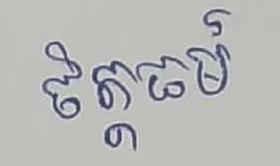
ចិត្តធម៍